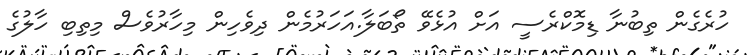
ހުރެގެން ތިބުނާ ޑިމޮކްރެސީ އަށް އުޅެވޭ ތޯބަލާ.އަހަރުމެން ދިވެހިން މިހާރުވެސް މިތިބި ހާލުގެ